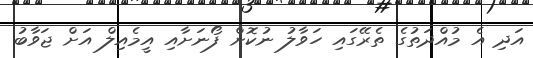
އަދި އެ މުއްދަތުގެ ތެރޭގައި ހަވާލު ނުކޮށް ފޯނަށާއި އީމެއިލް އަށް ޖަވާބު